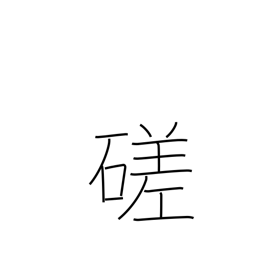
Meaning: polish